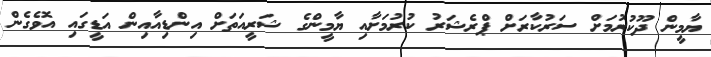
ޔާމީން ދޫކުރުމަށް ސަރުކާރަށް ޕްރެޝަރު ކުރުމަށާއި ޔާމީންގެ ޝަރީއަތަށް އިންޑިއާއިން އަޑީގައި އޮވެގެން